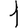
Digit: 1